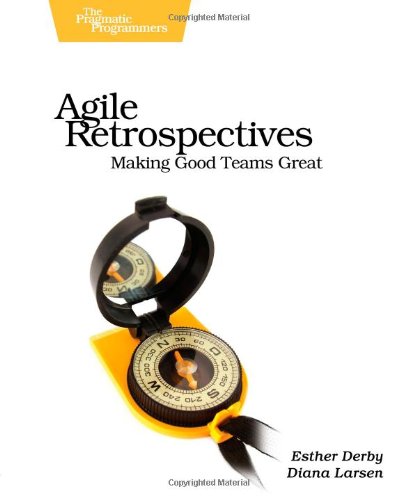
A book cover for Agile Retrospectives: Making Good Teams Great; Esther Derby; Computers & Technology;